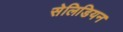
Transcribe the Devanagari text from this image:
सेलिडियन